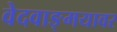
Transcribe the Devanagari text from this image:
वेदवाङ्मयावर